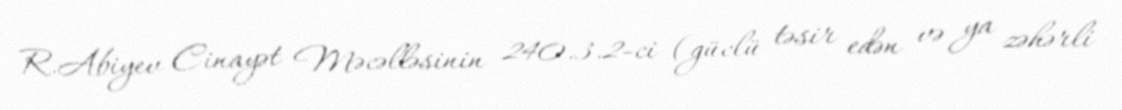
R.Abiyev Cinayət Məcəlləsinin 240.3.2-ci (güclü təsir edən və ya zəhərli